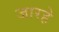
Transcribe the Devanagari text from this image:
जारहे